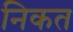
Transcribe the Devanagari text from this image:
निकत